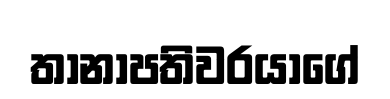
තානාපතිවරයාගේ